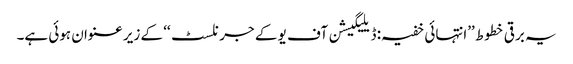
یہ برقی خطوط ’’انتہائی خفیہ: ڈیلیگیشن آف یو کے جرنلسٹ‘‘ کے زیر عنوان ہوئی ہے۔